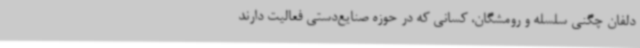
دلفان چگنی سلسله و رومشگان، کسانی که در حوزه صنایع‌دستی فعالیت دارند